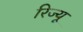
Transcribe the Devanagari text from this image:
रिज्यू